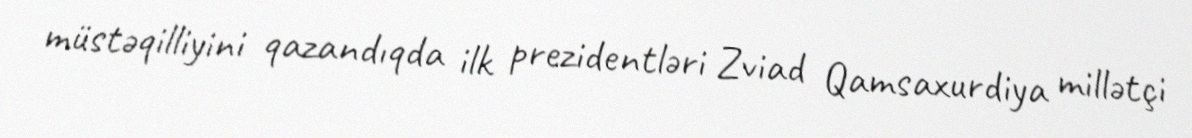
müstəqilliyini qazandıqda ilk prezidentləri Zviad Qamsaxurdiya millətçi